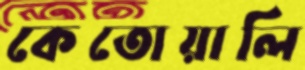
কেতোয়ালি